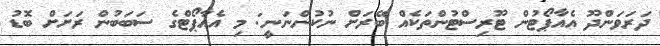
ދަރަވަންދޫ އެއާޕޯޓުން ޓޫރިސްޓުންތަކެއް ބޭރަށް ނުކުންނަނީ: މި އެއާޕޯޓްގެ ސަބަބުން ރަށަށް ބޮޑު